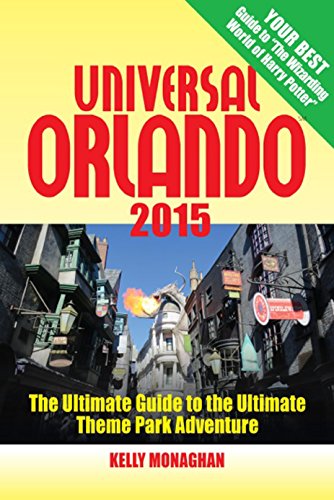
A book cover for Universal Orlando 2015: The Ultimate Guide to the Ultimate Theme Park Adventure; Kelly Monaghan; Business & Money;